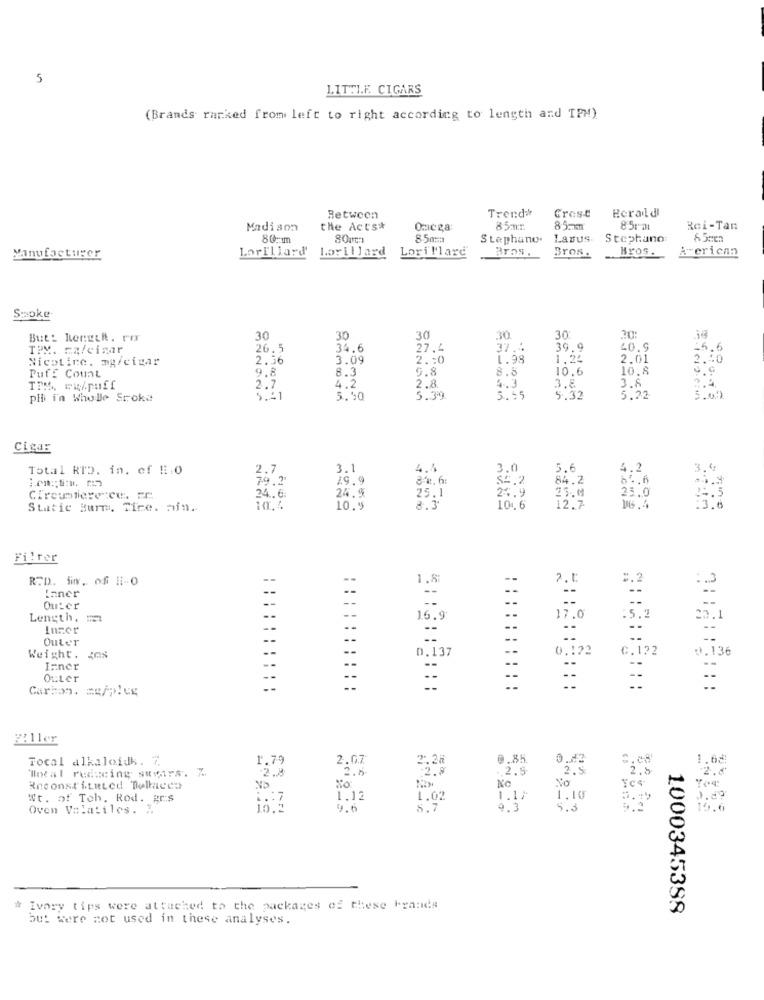
5
LITTLE CIGARS
(Brands ranked from left to right according to length and TPM)
Trend#
Herald
Between
Crest
Madison
the Acts*
Onicza
85mm
8 5rat
Roi-Tan
80-ım
80um
85ma
Stephano.
Lasus.
Lasus Stephano
LorIllard
Lorillard
Lori!'lare
Bros.
Bros.
Hros.
A erican
Manufacturer
Smoke
But: Lerech. rør
30
30
30
30.
30:
20:
TPM. Ez/cizar
26.5
34.6
27.4
37.4
39.9
40.9
Nicotine, mg/cicar
2.56
3.09
2.20
1.98
1.24
2.01
9.8
8.3
6.8
8.5
10.6
10.8
Puff Count
3.8
2.7
4.2
2.8
4.3
3.8
ph in Whole Sroku
5.21
5.50
5.39
5.95
5.32
5.22
3.09
Cigar
Total RTD. in. of H.O
2.7
3.1
4.4
3.0
5.6
4.2
3.4
79.2
29.9
8-1.6:
$2.2
84.2
24.9
25.6
25.0
Circumference. Fr.
24 .. 6:
24.5
25.1
Static Burm. Tice. min.
10.5
8.3
10.6
12.7
16.4
:3.6
Filter
RTD. fin. of li-O
1.8:
inner
Outer
Length.
16.9
17.0
:5.2
23.1
Outer
--
C.122
Weight. Zes
0.137
0.122
0.136
Inner
OuLer
Carbon. = /plus
::::::::::
::::::::::
::
Tocal alkaloidk. 7.
1,79
2.07
2.28
9.85.
0.82
1.68
Total reducing suvars. Z
-2.8
2.6
.2.9
2.8
:2.8
2.5
2.5
Reconstituted Deltacco
No:
NO
No
Yca
Wt. of Toh, Rod. grs
1.12
1.02
1.17
1. 10
Oven Volatiles. 7.
9.6
8.7
9.3
5.3
15.6
# Ivory tips were attached to the packages of these brands
1000345388
but were not used in these analyses.